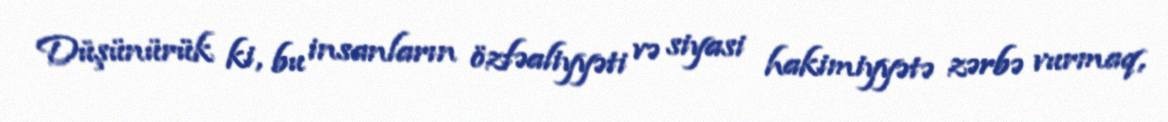
Düşünürük ki, bu insanların özfəaliyyəti və siyasi hakimiyyətə zərbə vurmaq,